Vaccine operations Central Provinces 1900-1911 - 1900-1911
Year: 1900
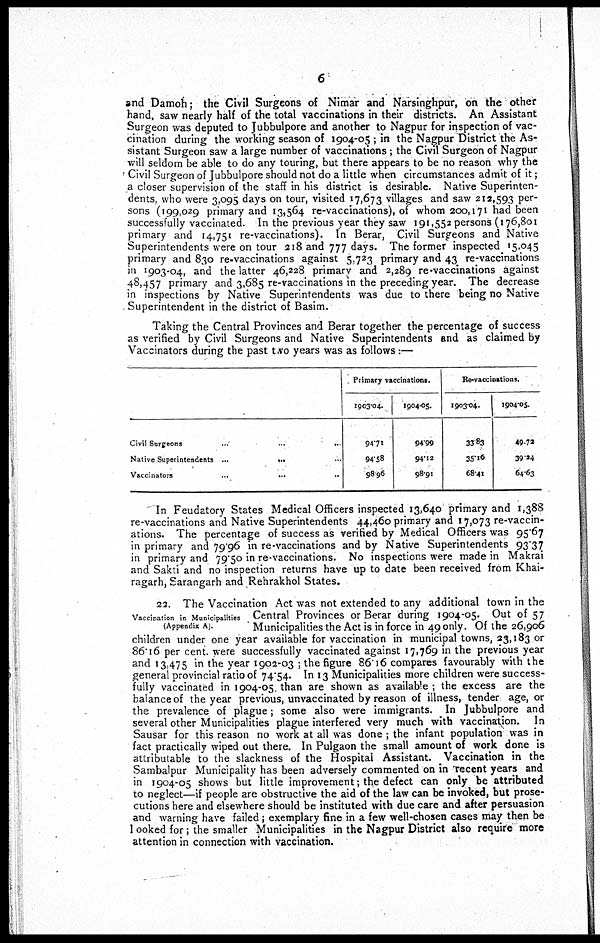
6
and Damoh; the Civil Surgeons of Nimar and Narsinghpur, on the other
hand, saw nearly half of the total vaccinations in their districts. An Assistant
Surgeon was deputed to Jubbulpore and another to Nagpur for inspection of vac-
cination during the working season of 1904-05 ; in the Nagpur District the As-
sistant Surgeon saw a large number of vaccinations; the Civil Surgeon of Nagpur
will seldom be able to do any touring, but there appears to be no reason why the
Civil Surgeon of Jubbulpore should not do a little when circumstances admit of it ;
a closer supervision of the staff in his district is desirable. Native Superinten-
dents, who were 3,095 days on tour, visited 17,673 villages and saw 212,593 per-
sons (199,029 primary and 13,564 re-vaccinations), of whom 200,171 had been
successfully vaccinated. In the previous year they saw 191,552 persons (176,801
primary and 14,751 re-vaccinations). In Berar, Civil Surgeons and Native
Superintendents were on tour 218 and 777 days. The former inspected 15,045
primary and 830 re-vaccinations against 5,723 primary and 43 re-vaccinations
in 1903-04, and the latter 46,228 primary and 2,289 re-vaccinations against
48,457 primary and 3,685 re-vaccinations in the preceding year. The decrease
in inspections by Native Superintendents was due to there being no Native
Superintendent in the district of Basim.
Taking the Central Provinces and Berar together the percentage of success
as verified by Civil Surgeons and Native Superintendents and as claimed by
Vaccinators during the past two years was as follows:—
Civil Surgeons
...
...
...
Native Superintendents ... ... ...
Vaccinators
...
...
...
Primary vaccinations.
1903-04.
94.71
94.58
98.96
1904-05.
94.99
94.12
98.91
Re-vaccinations.
1903-04.
33.83
35.16
68.41
1904-05.
49.72
39.24
64.63
In Feudatory States Medical Officers inspected 13,640 primary and 1,388
re-vaccinations and Native Superintendents 44,460 primary and 17,073 re-vaccin-
ations. The percentage of success as verified by Medical Officers was 95.67
in primary and 79.96 in re-vaccinations and by Native Superintendents 93.37
in primary and 79.50 in re-vaccinations. No inspections were made in Makrai
and Sakti and no inspection returns have up to date been received from Khai¬
ragarh, Sarangarh and Rehrakhol States.
Vaccination in Municipalities
(Appendix A).
22. The Vaccination Act was not extended to any additional town in the
Central Provinces or Berar during 1904-05. Out of 57
Municipalities the Act is in force in 49 only. Of the 26,906
children under one year available for vaccination in municipal towns, 23,183 or
86.16 per cent. were successfully vaccinated against 17,769 in the previous year
and 13,475 in the year 1902-03 ; the figure 86.16 compares favourably with the
general provincial ratio of 74.54. In 13 Municipalities more children were success-
fully vaccinated in 1904-05. than are shown as available ; the excess are the
balance of the year previous, unvaccinated by reason of illness, tender age, or
the prevalence of plague ; some also were immigrants. In Jubbulpore and
several other Municipalities plague interfered very much with vaccination. In
Sausar for this reason no work at all was done ; the infant population was in
fact practically wiped out there. In Pulgaon the small amount of work done is
attributable to the slackness of the Hospital Assistant. Vaccination in the
Sambalpur Municipality has been adversely commented on in recent years and
in 1904-05 shows but little improvement; the defect can only be attributed
to neglect—if people are obstructive the aid of the law can be invoked, but prose-
cutions here and elsewhere should be instituted with due care and after persuasion
and warning have failed; exemplary fine in a few well-chosen cases may then be
looked for; the smaller Municipalities in the Nagpur District also require more
attention in connection with vaccination.